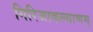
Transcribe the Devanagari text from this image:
गिरिजाकल्याणम्